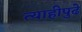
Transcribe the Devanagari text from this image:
त्याहीपुढे